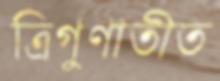
ত্রিগুণাতীত